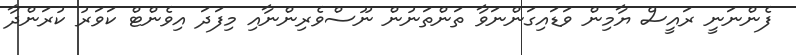
ފެންނަނީ ރައީސް ޔާމިން ވަޑައިގަންނަވާ ތަންތަނުން ނޫސްވެރިންނާއި މިފަދަ އިވެންޓް ކަވަރު ކުރަންދާ